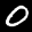
Label: 0